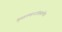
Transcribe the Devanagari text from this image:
मुसलमानांप्रमाणेच